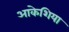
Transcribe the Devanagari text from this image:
आकेशिया